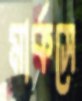
মার্কসে